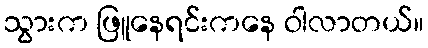
သွားက ဖြူနေရင်းကနေ ဝါလာတယ်။